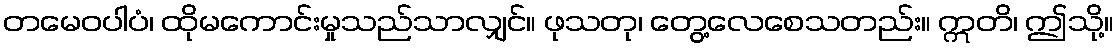
တမေဝပါပံ၊ ထိုမကောင်းမှုသည်သာလျှင်။ ဖုသတု၊ တွေ့လေစေသတည်း။ ဣတိ၊ ဤသို့။